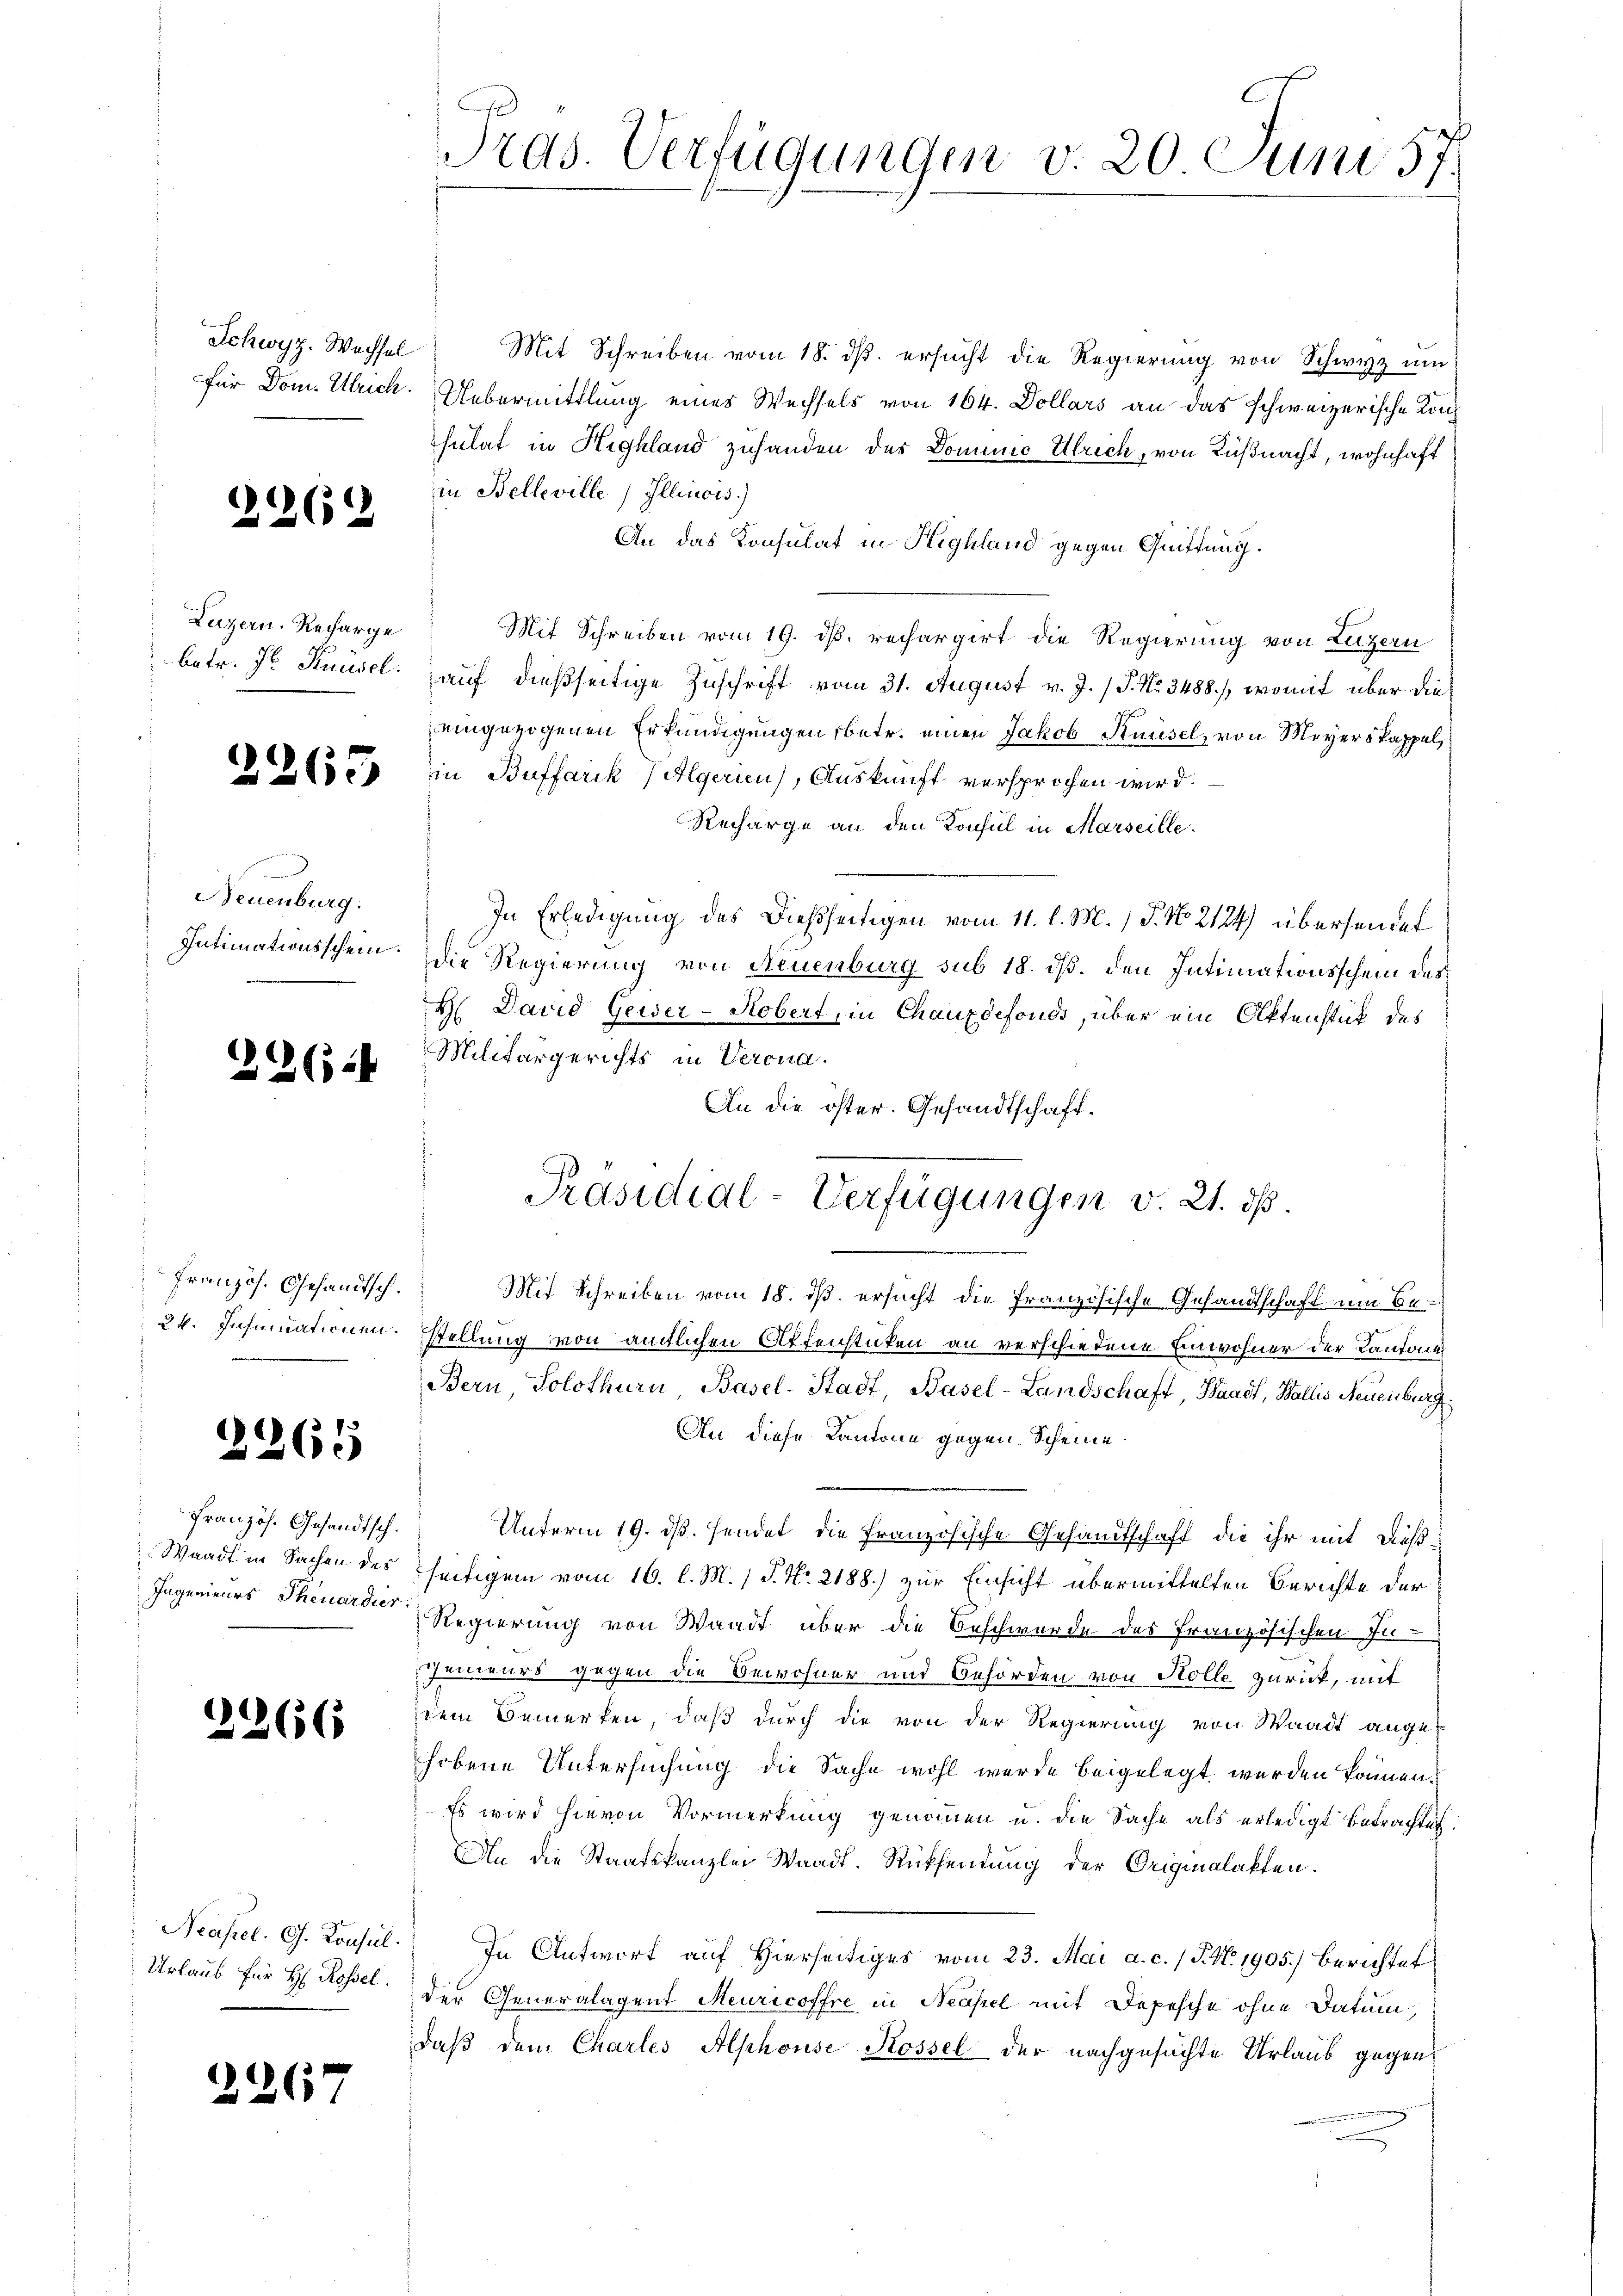
Schwyz. Wachsel

21262

Luzern. Recharge

d

Neuenburg:

2264

Französ. Gesandtsch.

2265

Französ. Gesandtsch.

2266

Urlaub für H. Rossel.

2267

Pras. Verfügungen v. 20 Juni 57.

Mit Schreiben vom 18. ds. ersucht die Regierung von Schwyz um
für Dom. Ulrich. Uebermittlung eines Wechsels von 164. Dollars an das schweizerische Konsulat in Highland zuhanden des Dominić Ulrich, von Küßnacht, wohnhaft
in Belleville, Illinois)
An das Konsulat in Highland gegen Quittung.
Mit Schreiben vom 19. ds. rechargirt die Regierung von Luzern
betr. Fr. Knüsel: auf dießseitige Zuschrift vom 31. August v. J. / P. Nr. 3488), womit über die
eingezogenen Erkundigungen betr. einen Jakob Knüsel, von Meyers kappel
2265 er in Buffarck (Algerien), Auskunft versprochen wird.
Recharge an den Konsul in Marseille.
In Erledigung des Dießseitigen vom 11. l. M. P. No 2124) übersendet
Intimationsschein. Die Regierung von Neuenburg sub 18. ds. den Intimationsschein des
H David Geiser-Kobert, in Chauxdefonds, über ein Ottenstück des
Militärgerichts in Verona.
An die öster. Gesandtschaft.
Mit Schreiben vom 18. ds. ersucht die französische Gesandtschaft um Be-
34. Insinuationen. Estellung von amtlichen Affenstücken an verschiedene Einwohner der Kantons
Bern, Solothurn, Basel-Stadt, Basel-Landschaft, Waadt, Wallis Neuenburg
An diese Kantone gegen Scheine.
Unterm 19. ds. sendet die Französische Gesandtschaft, die ihr mit dieß¬
Waadt in Sachen des seitigem vom 16. l. M. P. Nr. 2188) zur Einsicht übermittelten Berichte der
Ingenieurs Theuerer Regierung von Waadt über die Beschwerde des Französischen In-
Jeneurs gegen die Bewohner und Behörden von Holle zurück, mit
dem Bemerken, daß durch die von der Regierung von Waadt angehobene Untersuchung die Sache wohl wurde beigelegt werden können.
Es wird hievon Vormerkung genommen u. die Sache als erledigt betrachtet.
An die Staatskanzlei Waadt. Rücksendung der Originalakten.
Neapel. G. Konsul. In Antwort auf Hierseitiges vom 23. Mai a. c. (T. N. 1905) berichtet
der Generalagent Meuricoffre in Neapel mit Depesche ohne Datum,
daß dem Chartes Alphonse Kossel der nachgesuchte Urlaub gegen

Präsidial-Verfügungen v. 21. ds.